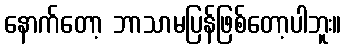
နောက်တော့ ဘာသာမပြန်ဖြစ်တော့ပါဘူး။